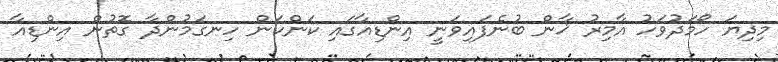
މިދިޔަ ހޯމަދުވަހު އާމިރު ޚާން ބުނެފައިވަނީ އިންޑިއާގައި ކަންކަން ހިނގަމުންދާ ގޮތުން އިންޑިއާ